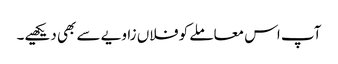
آپ اس معاملے کو فلاں زاویے سے بھی دیکھیے۔